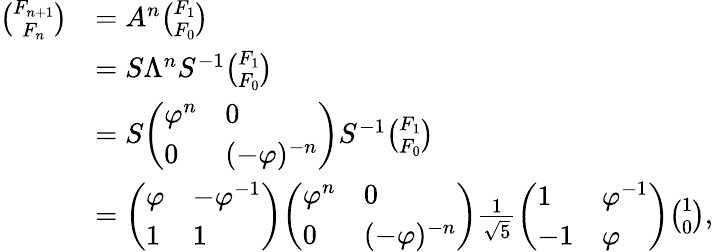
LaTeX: {\begin{array}{rl}{{\binom{F_{n+1}}{F_{n}}}}&{=A^{n}{\binom{F_{1}}{F_{0}}}}\\ &{=S\Lambda^{n}S^{-1}{\binom{F_{1}}{F_{0}}}}\\ &{=S{\left(\begin{array}{ll}{\varphi^{n}}&{0}\\ {0}&{(-\varphi)^{-n}}\end{array}\right)}S^{-1}{\binom{F_{1}}{F_{0}}}}\\ &{={\left(\begin{array}{ll}{\varphi}&{-\varphi^{-1}}\\ {1}&{1}\end{array}\right)}{\left(\begin{array}{ll}{\varphi^{n}}&{0}\\ {0}&{(-\varphi)^{-n}}\end{array}\right)}{\frac{1}{\sqrt{5}}}{\left(\begin{array}{ll}{1}&{\varphi^{-1}}\\ {-1}&{\varphi}\end{array}\right)}{\binom{1}{0}},}\end{array}}